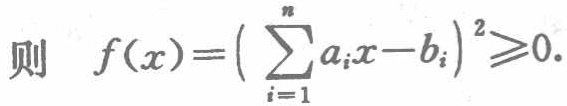
则 \(f(x)=\left(\sum_{i = 1}^{n}a_{i}x - b_{i}\right)^{2}\geqslant0\).